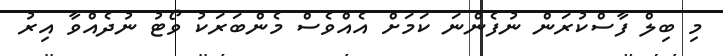
މި ބިލް ފާސްކުރަން ނުފެންނަ ކަމަށް އެއްވެސް މެންބަރަކު ވޯޓު ނުދެއްވާ އިރު